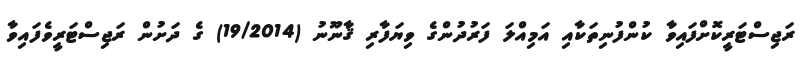
ރަޖިސްޓަރީކޮށްފައިވާ ކުންފުނިތަކާއި އަމިއްލަ ފަރުދުންގެ ވިޔަފާރި ޤާނޫނު (19/2014) ގެ ދަށުން ރަޖިސްޓަރީވެފައިވާ